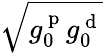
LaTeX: \sqrt{g_{0}^{\mathrm{~p~}}g_{0}^{\mathrm{~d~}}}